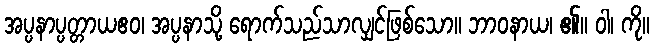
အပ္ပနာပ္ပတ္တာယဧဝ၊ အပ္ပနာသို့ ရောက်သည်သာလျှင်ဖြစ်သော။ ဘာဝနာယ၊ ၏။ ဝါ၊ ကို။